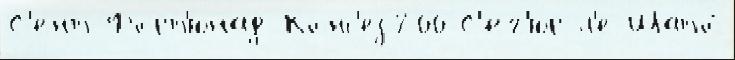
С'ент-Форт'юнад Конс'ез 200 С'ег'юр-л'е-Шато́